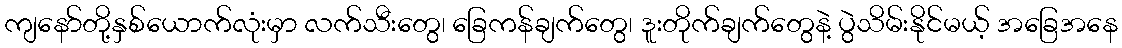
ကျနော်တို့နှစ်ယောက်လုံးမှာ လက်သီးတွေ၊ ခြေကန်ချက်တွေ၊ ဒူးတိုက်ချက်တွေနဲ့ ပွဲသိမ်းနိုင်မယ့် အခြေအနေ